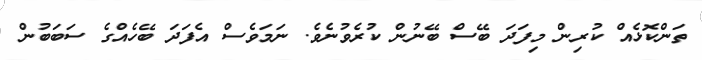
ތަންކޮޅެއްް ކުރިން މިފަދަ ބޭސް ބޭނުން ކުރެވުނެވެ. ނަމަވެސް އެފަދަ ބޭހެއްގެ ސަބަބުން